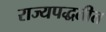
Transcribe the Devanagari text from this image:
राज्यपद्धतीत